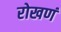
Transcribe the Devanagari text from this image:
रोखणं